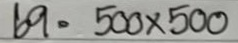
69 = 500 x 500